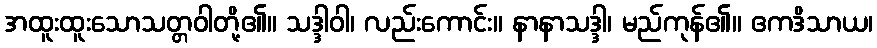
အထူးထူးသောသတ္တဝါတို့၏။ သဒ္ဒါဝါ၊ လည်းကောင်း။ နာနာသဒ္ဒါ၊ မည်ကုန်၏။ ဧကဒိသာယ၊